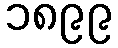
၁၈၉၉